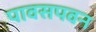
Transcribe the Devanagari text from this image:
पावसपवन